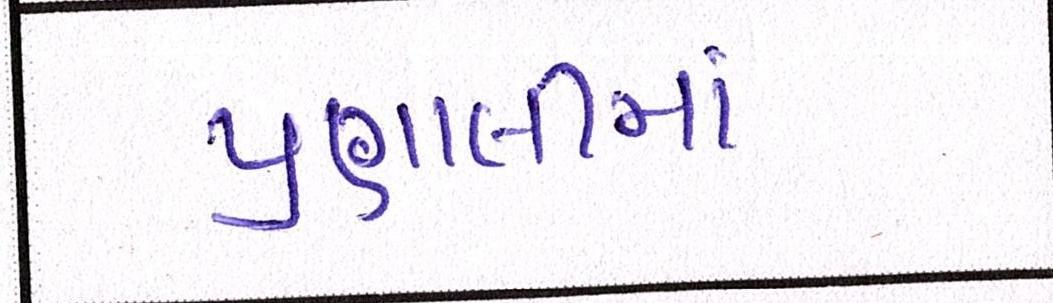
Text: પ્રણાલીમાં